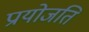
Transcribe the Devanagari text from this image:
प्रायोजति